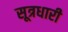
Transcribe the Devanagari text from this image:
सूत्रधारी